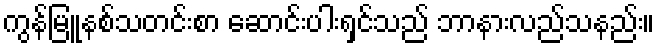
ကွန်မြူနစ်သတင်းစာ ဆောင်းပါးရှင်သည် ဘာနားလည်သနည်း။